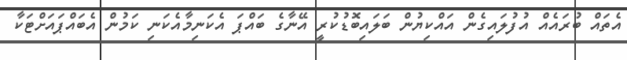
އެތައް ބުރައެއް އުފުލައިގެން އައްކިޔުން ބަލައިބޮޑުކުރީ އޭނާގެ ބައްޕަ އެކަނިމާއެކަނި ކަމުން އެބައްޕައަށްޓަކާ